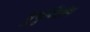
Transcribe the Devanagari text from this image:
चुचुयिंलंग